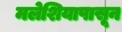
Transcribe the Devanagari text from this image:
मलेशियापासून